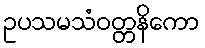
ဥပသမသံဝတ္တနိကော